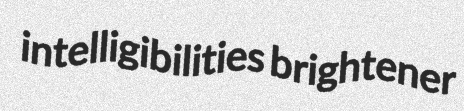
intelligibilities brightener